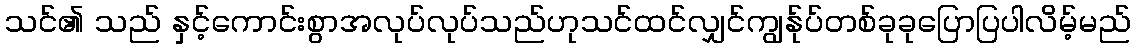
သင်၏ သည် နှင့်ကောင်းစွာအလုပ်လုပ်သည်ဟုသင်ထင်လျှင်ကျွန်ုပ်တစ်ခုခုပြောပြပါလိမ့်မည်